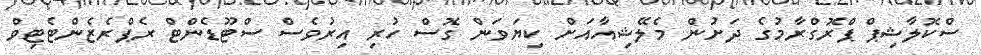
ސްކޮލާޝިޕް ޕްރޮގްރާމުގެ ދަށުން މެލޭޝިއާއަށް ކިޔަވަން ގޮސް ހުރި އިރުވެސް ސްޓޫޑެންޓް ރެޕްރެޒެންޓެޓިވް